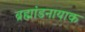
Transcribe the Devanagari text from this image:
ब्रह्मांडनायाक